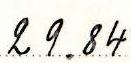
29.84